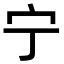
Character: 宁